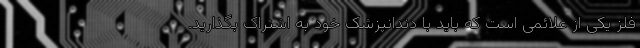
فلز یکی از علائمی است که باید با دندانپزشک خود به اشتراک بگذارید.